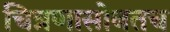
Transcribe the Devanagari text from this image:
चित्रणासोबतच